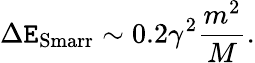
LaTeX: \Delta\mathtt{E}_{\mathrm{{Smarr}}}\sim0.2\gamma^{2}\frac{{m^{2}}}{{M}}.